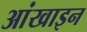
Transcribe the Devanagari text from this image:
आंखाइन